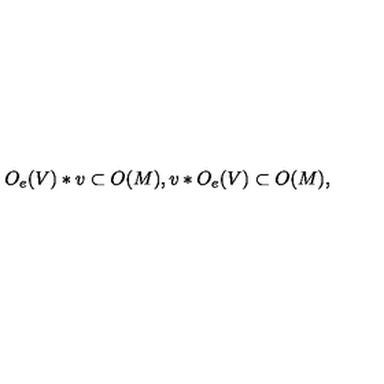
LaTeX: O _ { e } ( V ) * v \subset O ( M ) , v * O _ { e } ( V ) \subset O ( M ) ,